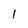
Character: l